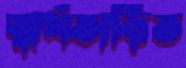
স্বার্থতাড়িত